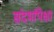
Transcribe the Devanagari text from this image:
संदर्भांपेक्षा